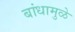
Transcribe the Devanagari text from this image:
बांधामुळे